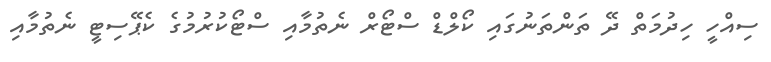
ސިއްހީ ހިދުމަތް ދޭ ތަންތަނުގައި ކޯލްޑް ސްޓޯރް ނެތުމާއި ސްޓޯކުރުމުގެ ކެޕޭސިޓީ ނެތުމާއި